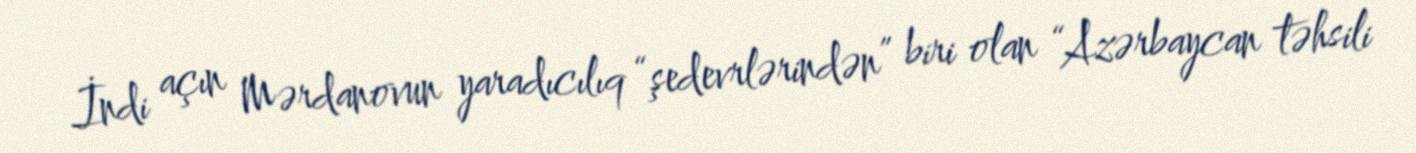
İndi açın Mərdanovun yaradıcılıq “şedevrlərindən” biri olan “Azərbaycan təhsili